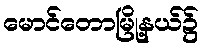
မောင်တောမြို့နယ်၌